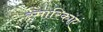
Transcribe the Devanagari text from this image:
स्मारिकाएं